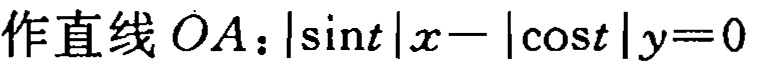
作直线 \(OA\)：\(|\sin t|x - |\cos t|y = 0\)